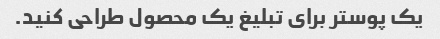
یک پوستر برای تبلیغ یک محصول طراحی کنید.